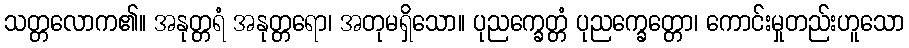
သတ္တလောက၏။ အနုတ္တရံ အနုတ္တရော၊ အတုမရှိသော။ ပုညက္ခေတ္တံ ပုညက္ခေတ္တော၊ ကောင်းမှုတည်းဟူသော